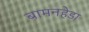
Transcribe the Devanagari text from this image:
बामनहेडा